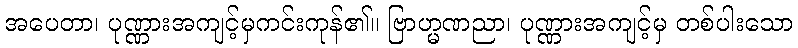
အပေတာ၊ ပုဏ္ဏားအကျင့်မှကင်းကုန်၏။ ဗြာဟ္မဏညာ၊ ပုဏ္ဏားအကျင့်မှ တစ်ပါးသော